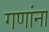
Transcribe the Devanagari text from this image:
गणांना